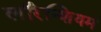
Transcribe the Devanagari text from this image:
लॉरेन्शियम